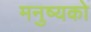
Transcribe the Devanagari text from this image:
मनुष्यको